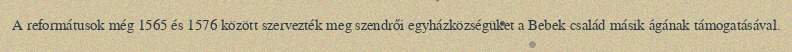
A reformátusok még 1565 és 1576 között szervezték meg szendrői egyházközségüket a Bebek család másik ágának támogatásával.